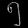
Digit: ၅